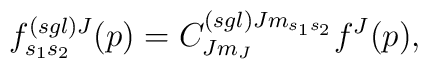
f_{s_{1}s_{2}}^{\left( sgl\right) J}(p)=C_{Jm_{J}}^{\left( sgl\right)Jm_{s_{1}s_{2}}}f^{J}(p),